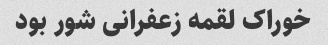
خوراک لقمه زعفرانى شور بود